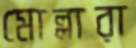
মোল্লারা